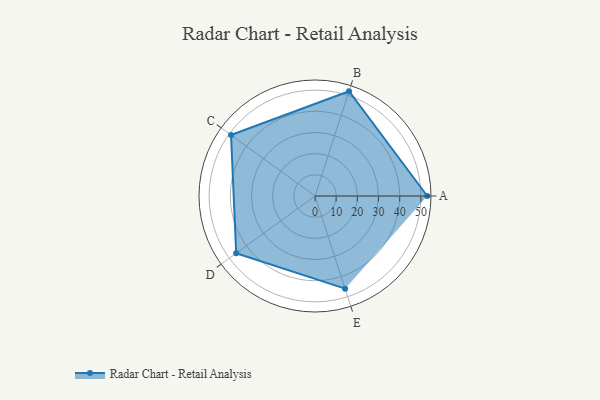
{"axis": {"x": "Skill", "y": "Score"}, "legend": ["Profile"], "data": [{"x": "A", "y": 53.0, "type": "Profile"}, {"x": "B", "y": 52.0, "type": "Profile"}, {"x": "C", "y": 49.0, "type": "Profile"}, {"x": "D", "y": 46.0, "type": "Profile"}, {"x": "E", "y": 46.0, "type": "Profile"}]}